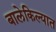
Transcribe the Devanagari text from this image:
बालेकिल्यात